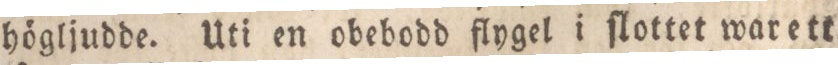
högljudde. Uti en obebodd flygel i ſlottet warett